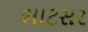
ભાટસર